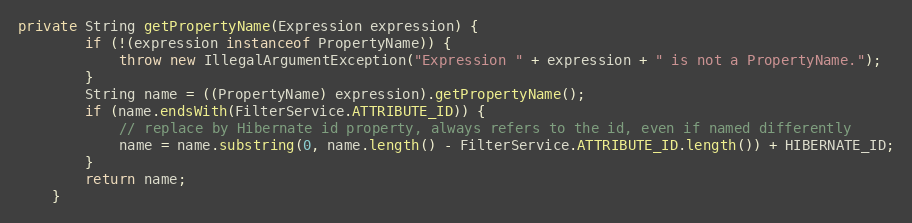
Language: Java
private String getPropertyName(Expression expression) {
		if (!(expression instanceof PropertyName)) {
			throw new IllegalArgumentException("Expression " + expression + " is not a PropertyName.");
		}
		String name = ((PropertyName) expression).getPropertyName();
		if (name.endsWith(FilterService.ATTRIBUTE_ID)) {
			// replace by Hibernate id property, always refers to the id, even if named differently
			name = name.substring(0, name.length() - FilterService.ATTRIBUTE_ID.length()) + HIBERNATE_ID;
		}
		return name;
	}